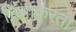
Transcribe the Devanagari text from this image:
चित्रांकरता